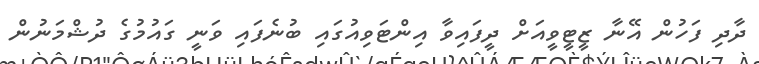
ދާދި ފަހުން އޭނާ ޒީޓީވީއަށް ދީފައިވާ އިންޓަވިއުގައި ބުނެފައި ވަނީ ގައުމުގެ ދުޝްމަނުން